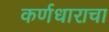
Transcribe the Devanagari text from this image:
कर्णधाराचा